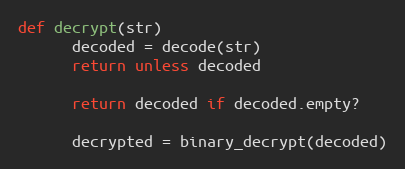
Language: Ruby
def decrypt(str)
      decoded = decode(str)
      return unless decoded

      return decoded if decoded.empty?

      decrypted = binary_decrypt(decoded)